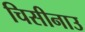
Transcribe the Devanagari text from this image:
चिसीनाउ